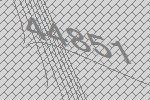
44851